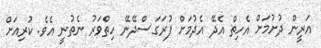
އަރީން ދުށުމަށް އެހިތް އެދޭ އެދުމަށް ފުރަގަސްދޭނޭ ހިތްވަރު ނެތުނީ އެވެ. ކުރިއަށް